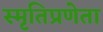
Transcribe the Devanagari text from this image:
स्मृतिप्रणेता